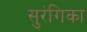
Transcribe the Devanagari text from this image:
सुरंगिका